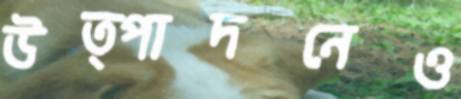
উত্পাদনেও